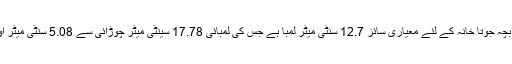
ایک چھوٹا بچہ جوتا خانہ کے لئے معیاری سائز 12.7 سنٹی میٹر لمبا ہے جس کی لمبائی 17.78 سینٹی میٹر چوڑائی سے 5.08 سنٹی میٹر اونچائی ہے۔